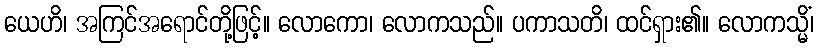
ယေဟိ၊ အကြင်အရောင်တို့ဖြင့်။ လောကော၊ လောကသည်။ ပကာသတိ၊ ထင်ရှား၏။ လောကသ္မိံ၊